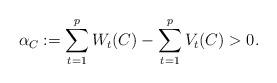
LaTeX: \begin{align*} \alpha_C:=\sum_{t=1}^pW_t(C)-\sum_{t=1}^pV_t(C)>0.\end{align*}